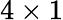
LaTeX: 4\times 1